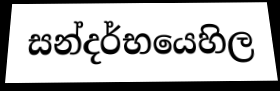
සන්දර්භයෙහිල